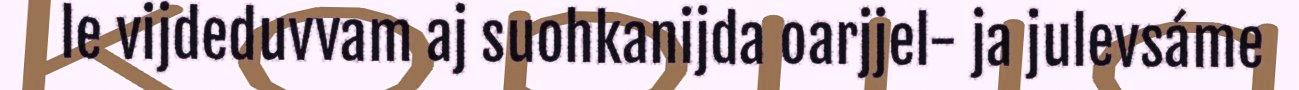
le vijdeduvvam aj suohkanijda oarjjel- ja julevsáme